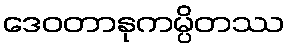
ဒေဝတာနုကမ္ပိတဿ